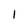
Character: 1